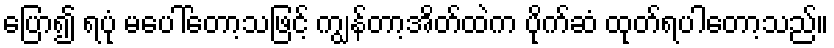
ပြော၍ ရပုံ မပေါ်တော့သဖြင့် ကျွန်တာ့အိတ်ထဲက ပိုက်ဆံ ထုတ်ရပါတော့သည်။